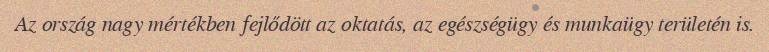
Az ország nagy mértékben fejlődött az oktatás, az egészségügy és munkaügy területén is.